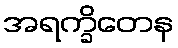
အရက္ခိတေန